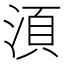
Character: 湏